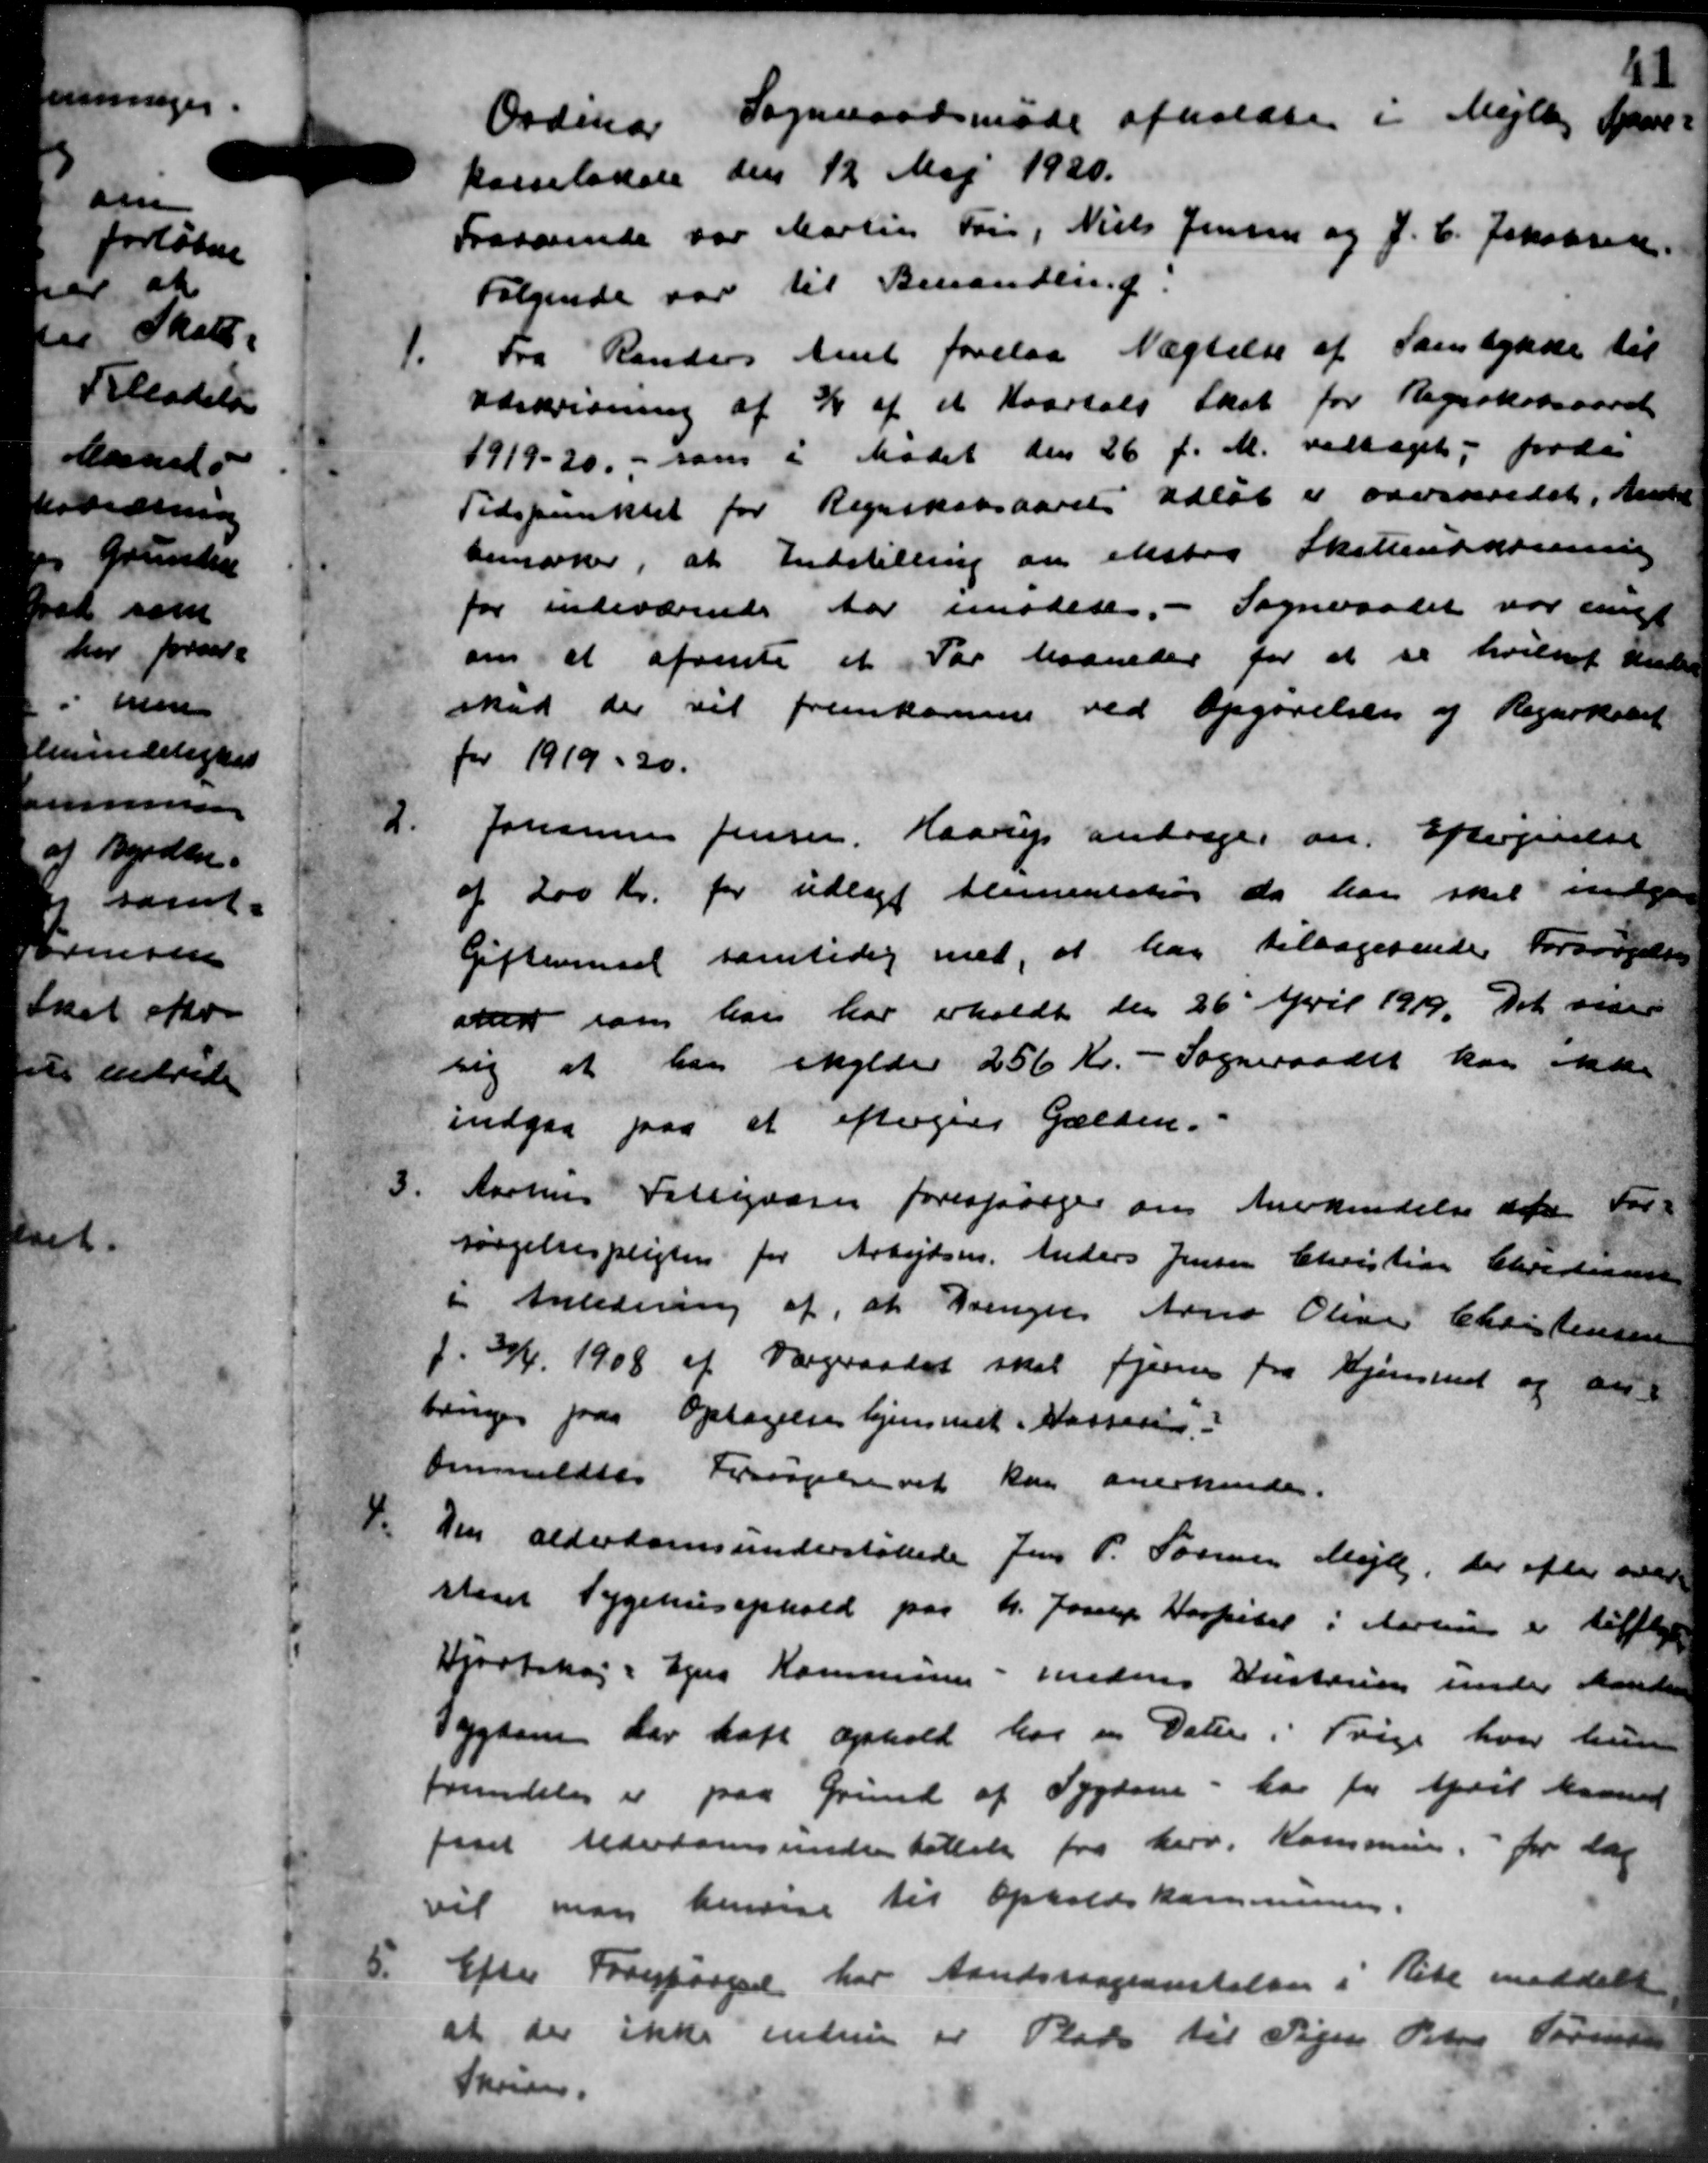
Transskription:
Sogneraadsmøde afholdtes i Mejlby Skove-
Ordinær
kasselokale den 12 Maj 1920.
Fraværende var Martin Søn, Niels Jensen og J. C. Jakobsen
Følgende var til Behandling.
1.
Fra Randers Amt forelaa Nægtelse af Samtykke til
Udskrivning af 3/4 af et Kvartals Skat for Regnskabsaaret
1919-20 - som i Mødet den 26 f. M. vedtaget fordr
Tidspunktet for Regnskabsaaret Udløb er overseredet, Amtet
bemærker, at Indstilling om ekster Skolenskomming
for indeværende Aar imodere. - Sogneraadet var undt
om at afvente et Par Maaneder for at se hvilket Ander
skud der vil fremkomne ved Opgørelsen og Regnskabet
for 1919-20.
2.
Johannes Jensen, Haarup andrager om Eftergivelse
af 200 Kr. for udlagt Alimentation da han skal indga
Giftersel samtidig med, at har tilbagesende Forsørgelse
over som han har erholdt den 26 April 1919. Det vider
sig at han skylder 256 Kr. - Sogneraadet kan ikke
indgaa paa et eftergive Gælden.
3.
Aarhus Fattigvæsen forespørger om Anerkendelse af For-
sørgelsespligten for Arbejdsm. Anders Jensen Christian Christensen
i Anledning af, at Drenger Arne Oliver Christensen
f. 30/4 1908 af Værgeraadet skal fjerne fra Hjemmet og an-
bruger paa Optagelse hjemmet Kassere-
Aanmeldtes Forsørgelsevet kan anerkendes.
4.
Den alderdomsunderstøttede Jens P. Søren Mejlby, der efter andr
stiret Sygehusophold paa h. Jorup Kapitel i Aarhus er tilflyt
Hjortshøj - Egens Kommune - Hedens Hustruen under Mande
Sygdom har haft ophold har en Dater i Trige hvor hun
fremdeles er paa Grund af Sygdom - har for April Maaned
faaet Alderdomsunderstøttelse fra herv. Kommune, for dag
vil man henvise til Opholdskommunen.
5.
Efter Forespørgsel har Aandsvageanstelse i Rete meddelel
at der ikke endnu er Plads til Pigen Peters Sørensen
Skrives.